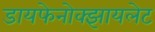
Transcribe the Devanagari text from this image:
डायफेनोक्झायलेट